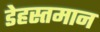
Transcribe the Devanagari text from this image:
डेहस्तमान